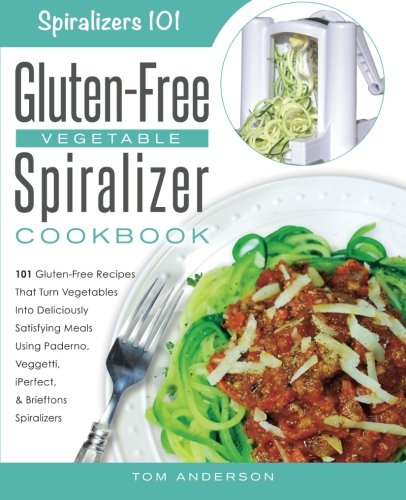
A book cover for The Gluten-Free Vegetable Spiralizer Cookbook: 101 Gluten-Free Recipes That Turn Vegetables Into Deliciously Satisfying Meals Using Paderno, Veggetti, ... Spiralizers! (Spiralizers 101) (Volume 1); Tom Anderson; Cookbooks, Food & Wine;